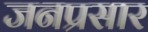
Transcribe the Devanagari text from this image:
जनप्रसार